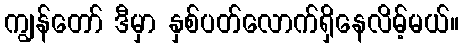
ကျွန်တော် ဒီမှာ နှစ်ပတ်လောက်ရှိနေလိမ့်မယ်။